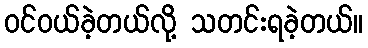
ဝင်ဝယ်ခဲ့တယ်လို့ သတင်းရခဲ့တယ်။